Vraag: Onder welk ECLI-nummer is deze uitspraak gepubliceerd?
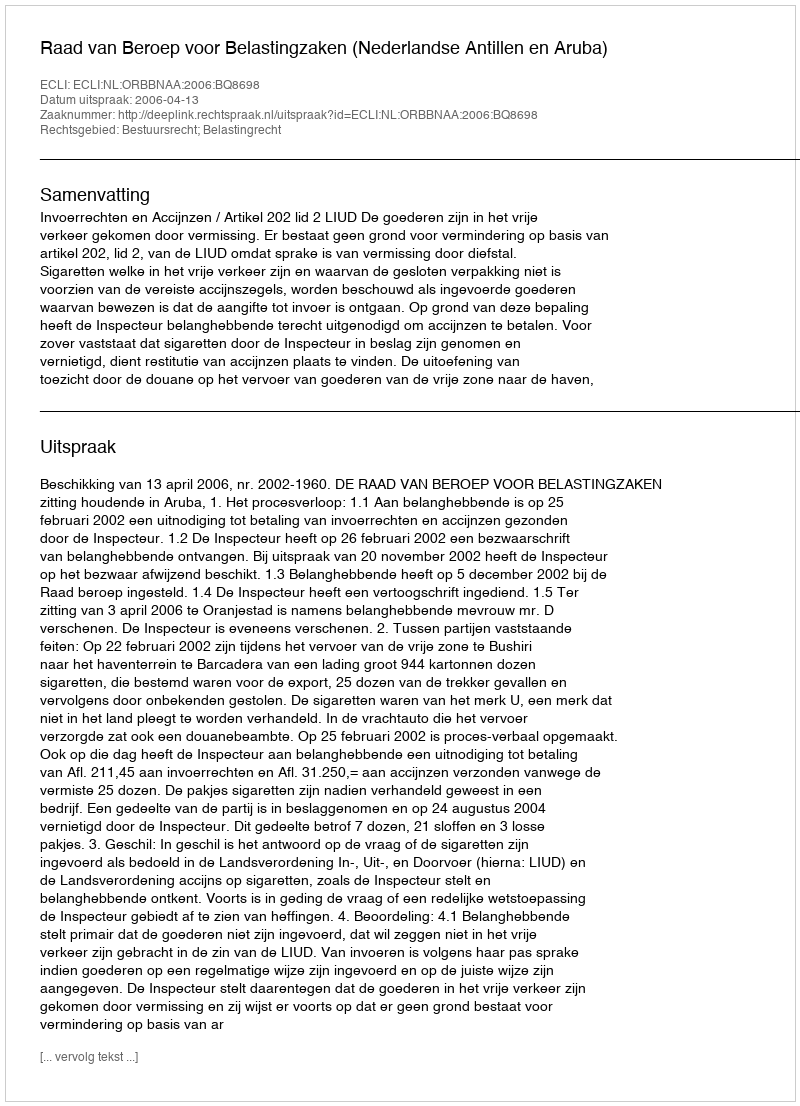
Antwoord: ECLI:NL:ORBBNAA:2006:BQ8698